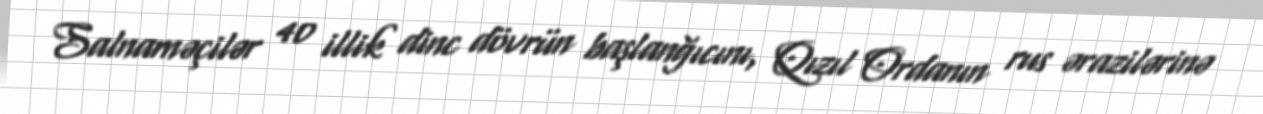
Salnaməçilər 40 illik dinc dövrün başlanğıcını, Qızıl Ordanın rus ərazilərinə